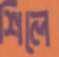
শিলে